Report on vaccination in the Province of Bengal - 1869-1873
Year: 1869
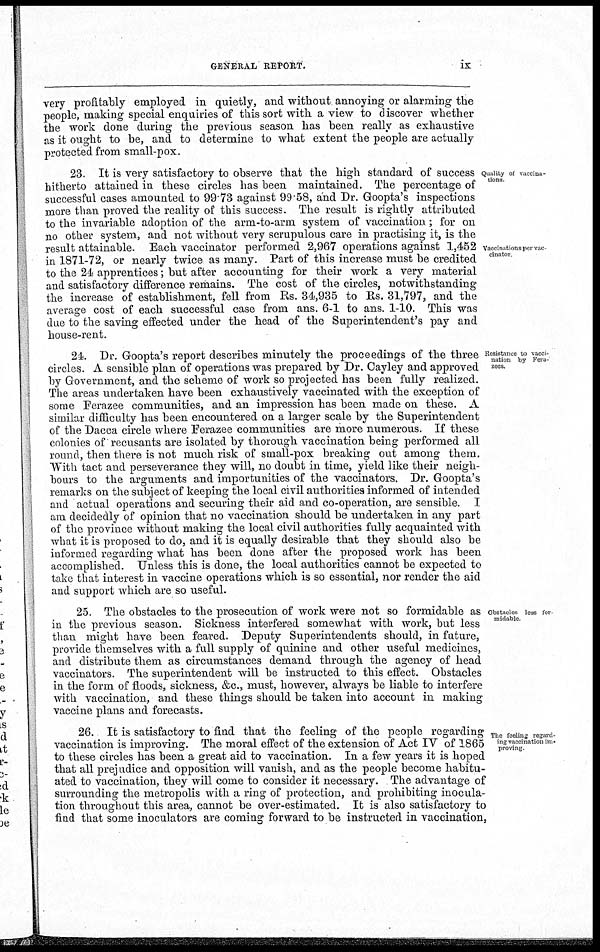
GENERAL REPORT.
ix
very profitably employed in quietly, and without annoying or alarming the
people, making special enquiries of this sort with a view to discover whether
the work done during the previous season has been really as exhaustive
as it ought to be, and to determine to what extent the people are actually
protected from small-pox.
Quality of vaccina-
tions.
Vaccinations per vac-
cinator
23. It is very satisfactory to observe that the high standard of success
hitherto attained in these circles has been maintained. The percentage of
successful cases amounted to 99.73 against 99.58, and Dr. Goopta's inspections
more than proved the reality of this success. The result is rightly attributed
to the invariable adoption of the arm-to-arm system of vaccination; for on
no other system, and not without very scrupulous care in practising it, is the
result attainable. Each vaccinator performed 2,967 operations against 1,452
in 1871-72, or nearly twice as many. Part of this increase must be credited
to the 24 apprentices; but after accounting for their work a very material
and satisfactory difference remains. The cost of the circles, notwithstanding
the increase of establishment, fell from Rs. 34,935 to Rs. 31,797, and the
average cost of each successful case from ans. 6-1 to ans. 1-10. This was
due to the saving effected under the head of the Superintendent's pay and
house-rent.
Resistance to vacci-
nation by Fera-
zees.
24. Dr. Goopta's report describes minutely the proceedings of the three
circles. A sensible plan of operations was prepared by Dr. Cayley and approved
by Government, and the scheme of work so projected has been fully realized.
The areas undertaken have been exhaustively vaccinated with the exception of
some Ferazee communities, and an impression has been made on these. A
similar difficulty has been encountered on a larger scale by the Superintendent
of the Dacca circle where Ferazee communities are more numerous. If these
colonies of recusants are isolated by thorough vaccination being performed all
round, then there is not much risk of small-pox breaking out among them.
With tact and perseverance they will, no doubt in time, yield like their neigh-
bours to the arguments and importunities of the vaccinators. Dr. Goopta's
remarks on the subject of keeping the local civil authorities informed of intended
and actual operations and securing their aid and co-operation, are sensible. I
am decidedly of opinion that no vaccination should be undertaken in any part
of the province without making the local civil authorities fully acquainted with
what it is proposed to do, and it is equally desirable that they should also be
informed regarding what has been done after the proposed work has been
accomplished. Unless this is done, the local authorities cannot be expected to
take that interest in vaccine operations which is so essential, nor render the aid
and support which are so useful.
Obstacles less for-
midable
25. The obstacles to the prosecution of work were not so formidable as
in the previous season. Sickness interfered somewhat with work, but less
than might have been feared. Deputy Superintendents should, in future,
provide themselves with a full supply of quinine and other useful medicines,
and distribute them as circumstances demand through the agency of head
vaccinators. The superintendent will be instructed to this effect. Obstacles
in the form of floods, sickness, &c., must, however, always be liable to interfere
with vaccination, and these things should be taken into account in making
vaccine plans and forecasts.
The feeling regard-
ing vaccination im-
proving.
26. It is satisfactory to find that the feeling of the people regarding
vaccination is improving. The moral effect of the extension of Act IV of 1865
to these circles has been a great aid to vaccination. In a few years it is hoped
that all prejudice and opposition will vanish, and as the people become habitu-
ated to vaccination, they will come to consider it necessary. The advantage of
surrounding the metropolis with a ring of protection, and prohibiting inocula-
tion throughout this area, cannot be over-estimated. It is also satisfactory to
find that some inoculators are coming forward to be instructed in vaccination,